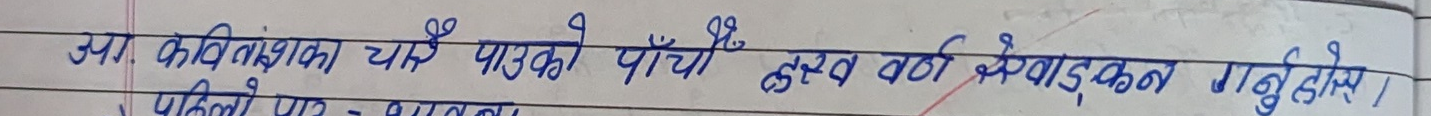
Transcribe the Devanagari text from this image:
उप. कवि शीर्षक चाहिँ पाँचौँ मुख्य सेवांकन गर्नुहोस्।